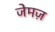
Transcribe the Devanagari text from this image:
जेमज़